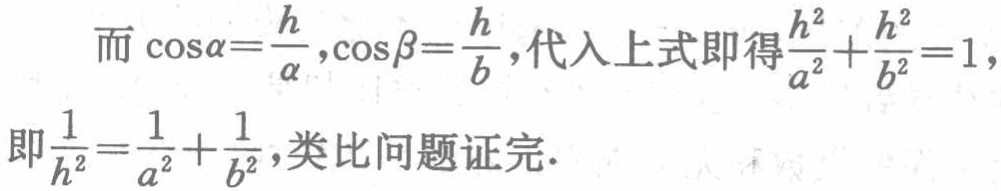
而\(\cos\alpha=\frac{h}{a},\cos\beta=\frac{h}{b}\)，代入上式即得\(\frac{h^{2}}{a^{2}}+\frac{h^{2}}{b^{2}} = 1\)，
即\(\frac{1}{h^{2}}=\frac{1}{a^{2}}+\frac{1}{b^{2}}\)，类比问题证完.